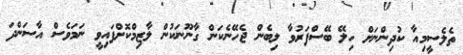
ތެލެސީމިއާ ކުދިންނަށް ހިލޭ ބޭސްފަރުވާ ލިބެން ޖެހޭނެކަން ގާނޫނަކުން ލާޒިމްކޮށްފައިވީ ނަމަވެސް އާސަންދަ